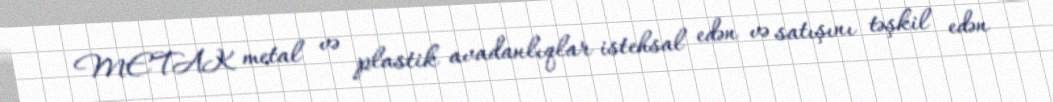
METAK metal və plastik avadanlıqlar istehsal edən və satışını təşkil edən